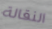
النقالة